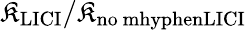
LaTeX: \mathfrak{K}_{\mathrm{{LICI}}}/\mathfrak{K}_{\mathrm{{no\ mhyphenLICI}}}